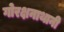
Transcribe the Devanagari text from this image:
गोरक्षनाथानी